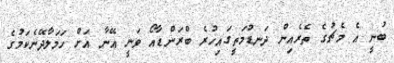
ބުނީ އެ މެޗުގެ ތެރެއިން ދަނޑުމަތީގައިހުރެ ބްރަންޑާއޯ ވަނީ އޭނާ އަށް ހަމަލާދޭނެކަމުގެ